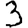
Digit: 3